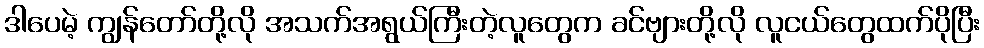
ဒါပေမဲ့ ကျွန်တော်တို့လို အသက်အရွယ်ကြီးတဲ့လူတွေက ခင်ဗျားတို့လို လူငယ်တွေထက်ပိုပြီး